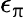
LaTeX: \epsilon_{\uppi}